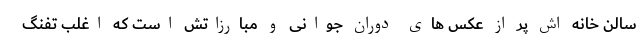
سالن خانه اش پر از عکس های دوران جوانی و مبارزاتش است که اغلب تفنگ